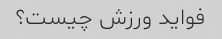
فواید ورزش چیست؟